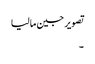
تصویر جین مالیا
۔